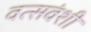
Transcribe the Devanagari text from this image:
वत्सवंशी